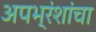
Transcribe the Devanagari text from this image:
अपभ्रंशांचा